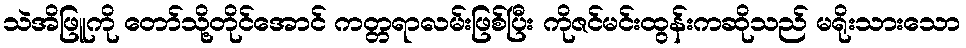
သဲအိဖြူကို တော်သို့တိုင်အောင် ကတ္တရာလမ်းဖြစ်ပြီး ကိုဇင်မင်းထွန်းကဆိုသည် မရိုးသားသော